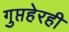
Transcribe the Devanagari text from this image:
गुप्तहेरही